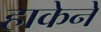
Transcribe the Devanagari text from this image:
हाकेने